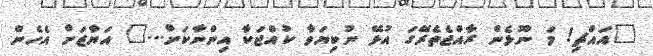
"އައްޗި! މަ ނޫޅެން ރާއްޖެތެރޭގަ އުޅޭ ނުކިޔަވާ ކުއްޖަކާ އިންނާކަށް..." އަޔާޒަށް އެހެން